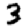
Digit: 3